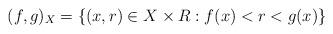
LaTeX: \begin{align*}(f,g)_{X} = \{ (x,r)\in X\times R: f(x)<r<g(x)\}\end{align*}